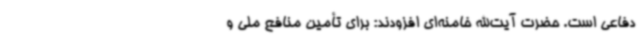
دفاعی است. حضرت آیت‌الله خامنه‌ای افزودند: برای تأمین منافع ملی و